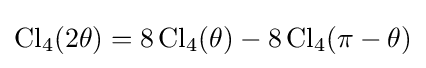
\operatorname {Cl} _{4}(2\theta )=8\operatorname {Cl} _{4}(\theta )-8\operatorname {Cl} _{4}(\pi -\theta )